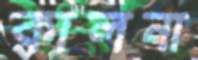
কালনা